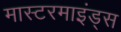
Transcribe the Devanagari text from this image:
मास्टरमाइंड्स